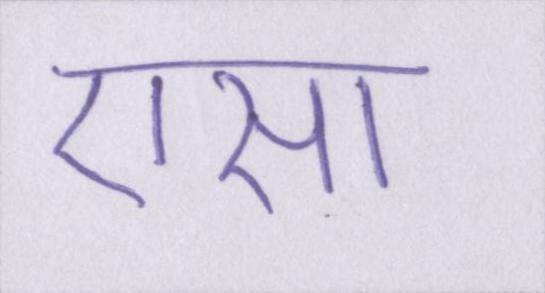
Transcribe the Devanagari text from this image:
एसा